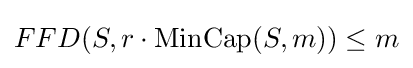
FFD(S,r\cdot {\text{MinCap}}(S,m))\leq m